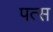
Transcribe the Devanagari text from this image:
पत्स